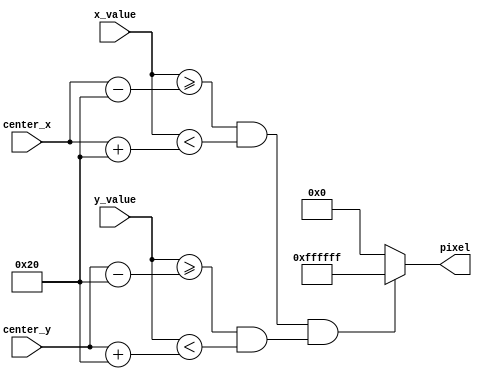
`timescale 1ns / 1ps
//////////////////////////////////////////////////////////////////////////////////
// 
//
// Module Name:    blob 
//
// Additional Comments: Updated by Brian Plancher 11/3/15 to use my custom geometry
//                      and to pull location as the center of the square
//
//////////////////////////////////////////////////////////////////////////////////
module blob
	#(parameter WIDTH = 64,HEIGHT = 64,COLOR = 24'hFF_FF_FF,BLANK_COLOR=24'h00_00_00)
    (input signed [11:0] center_x,
     input signed [11:0] x_value,
     input signed [11:0] center_y,
     input signed [11:0] y_value,
     output reg [23:0] pixel);
	 
	 parameter WIDTH_D2 = WIDTH/2;
	 parameter HEIGHT_D2 = HEIGHT/2;
	 
	 wire in_square;
	 assign in_square = 	(x_value >= (center_x-WIDTH_D2) && x_value < (center_x+WIDTH_D2)) && 
								(y_value >= (center_y-HEIGHT_D2) && y_value < (center_y+HEIGHT_D2)); 
	 
	 always @(*) begin
		if (in_square) begin
			pixel = COLOR;
		end
		else begin
			pixel = BLANK_COLOR;
		end
	 end

endmodule